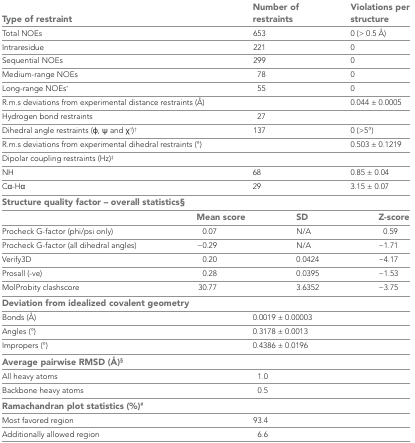
| <COLSPAN=2> Type of restraint | Number of restraints | Violations per structure |
 | --- | --- | --- | --- |
 | <COLSPAN=2> Total NOEs | 653 | 0 (> 0.5 Å) |
 | <COLSPAN=2> Intraresidue | 221 | 0 |
 | <COLSPAN=2> Sequential NOEs | 299 | 0 |
 | <COLSPAN=2> Medium-range NOEs | 78 | 0 |
 | <COLSPAN=2> Long-range NOEs* | 55 | 0 |
 | <COLSPAN=2> R.m.s deviations from experimental distance restraints (Å) |  | 0.044 ± 0.0005 |
 | <COLSPAN=2> Hydrogen bond restraints | 27 |  |
 | <COLSPAN=2> Dihedral angle restraints (φ, ψ and χ1)† | 137 | 0 (>5°) |
 | <COLSPAN=2> R.m.s deviations from experimental dihedral restraints (°) |  | 0.503 ± 0.1219 |
 | <COLSPAN=2> Dipolar coupling restraints (Hz)‡ |  |  |
 | <COLSPAN=2> NH | 68 | 0.85 ± 0.04 |
 | <COLSPAN=2> Cα-Hα | 29 | 3.15 ± 0.07 |
 | <COLSPAN=4> Structure quality factor – overall statistics§ |
 |  | Mean score | SD | Z-score |
 | Procheck G-factor (phi/psi only) | 0.07 | N/A | 0.59 |
 | Procheck G-factor (all dihedral angles) | −0.29 | N/A | −1.71 |
 | Verify3D | 0.20 | 0.0424 | −4.17 |
 | Prosall (-ve) | 0.28 | 0.0395 | −1.53 |
 | MolProbity clashscore | 30.77 | 3.6352 | −3.75 |
 | <COLSPAN=4> Deviation from idealized covalent geometry |
 | <COLSPAN=2> Bonds (Å) | 0.0019 ± 0.00003 |  |
 | <COLSPAN=2> Angles (°) | 0.3178 ± 0.0013 |  |
 | <COLSPAN=2> Impropers (°) | 0.4386 ± 0.0196 |  |
 | <COLSPAN=4> Average pairwise RMSD (Å)§ |
 | <COLSPAN=2> All heavy atoms | 1.0 |  |
 | <COLSPAN=2> Backbone heavy atoms | 0.5 |  |
 | <COLSPAN=4> Ramachandran plot statistics (%)# |
 | <COLSPAN=2> Most favored region | 93.4 |  |
 | <COLSPAN=2> Additionally allowed region | 6.6 |  |